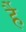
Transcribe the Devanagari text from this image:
र्है